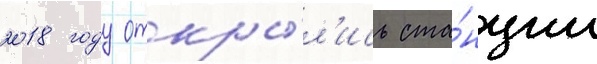
2018 году откры́л'ись ста́нции